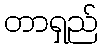
တာရှည်